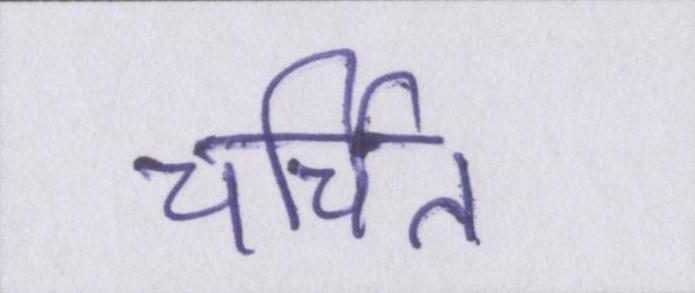
चर्चित